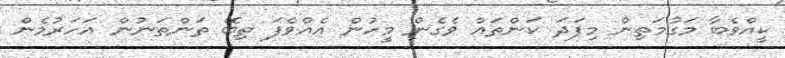
ކީއްވެބާ މަގުމަތިން މިފަދަ ކަންތައް ވެގެން މީހުން އެއްވެފަ ތިބޭ ތަންތަނުން އަހަރުމެން